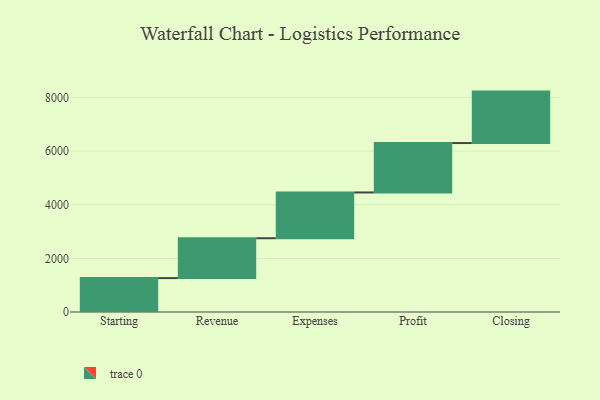
{"axis": {"x": "Step", "y": "Value"}, "legend": [""], "data": [{"x": "Starting", "y": 1265.0, "type": ""}, {"x": "Revenue", "y": 1488.0, "type": ""}, {"x": "Expenses", "y": 1708.0, "type": ""}, {"x": "Profit", "y": 1844.0, "type": ""}, {"x": "Closing", "y": 1920.0, "type": ""}]}